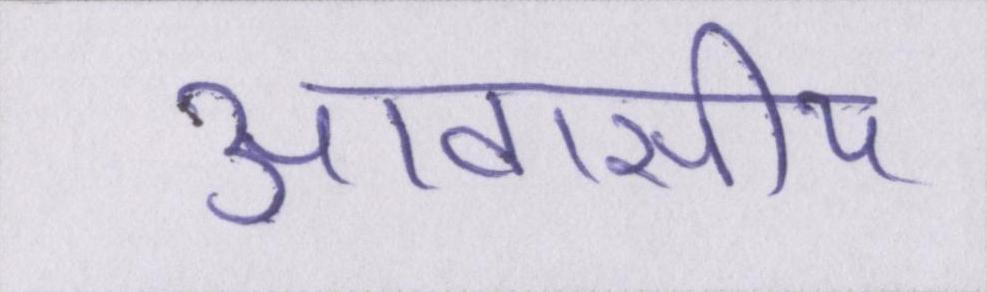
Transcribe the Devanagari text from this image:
आवासीय